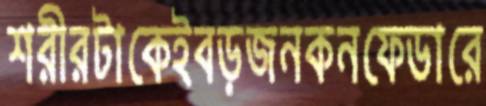
শরীরটাকেইবড়জনকনফেডারে